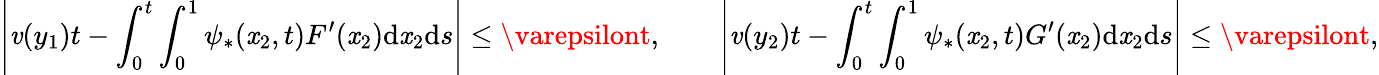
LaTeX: \left|\mathit{v}(y_{1})t-\int_{0}^{t}\int_{0}^{1}\psi_{*}(\mathit{x}_{2},t)F^{\prime}(\mathit{x}_{2})\mathrm{{d}}\mathit{x}_{2}\mathrm{{d}}s\right|\leq\varepsilont,\qquad\left|\mathit{v}(y_{2})t-\int_{0}^{t}\int_{0}^{1}\psi_{*}(\mathit{x}_{2},t)G^{\prime}(\mathit{x}_{2})\mathrm{{d}}\mathit{x}_{2}\mathrm{{d}}s\right|\leq\varepsilont,